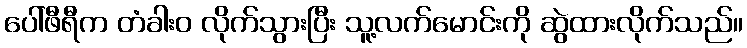
ပေါ်ဖီရီက တံခါးဝ လိုက်သွားပြီး သူ့လက်မောင်းကို ဆွဲထားလိုက်သည်။